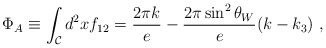
\begin{align*}\Phi_A \equiv \int_{\cal C} d^2x f_{12}=\frac{2 \pi k}{e}-\frac{2 \pi \sin^2\theta_W}{e}(k-k_3)~,\end{align*}